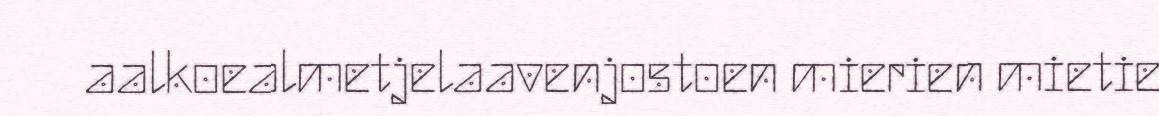
aalkoealmetjelaavenjostoen mierien mietie